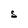
Character: S